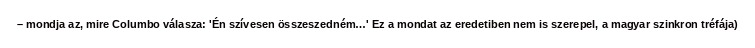
– mondja az, mire Columbo válasza: 'Én szívesen összeszedném…' Ez a mondat az eredetiben nem is szerepel, a magyar szinkron tréfája)